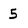
Character: 5